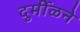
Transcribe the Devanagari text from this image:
दुर्मीळने